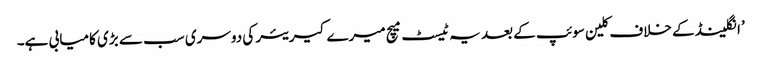
’انگلینڈ کے خلاف کلین سوئپ کے بعد یہ ٹیسٹ میچ میرے کیریئر کی دوسری سب سے بڑی کامیابی ہے۔